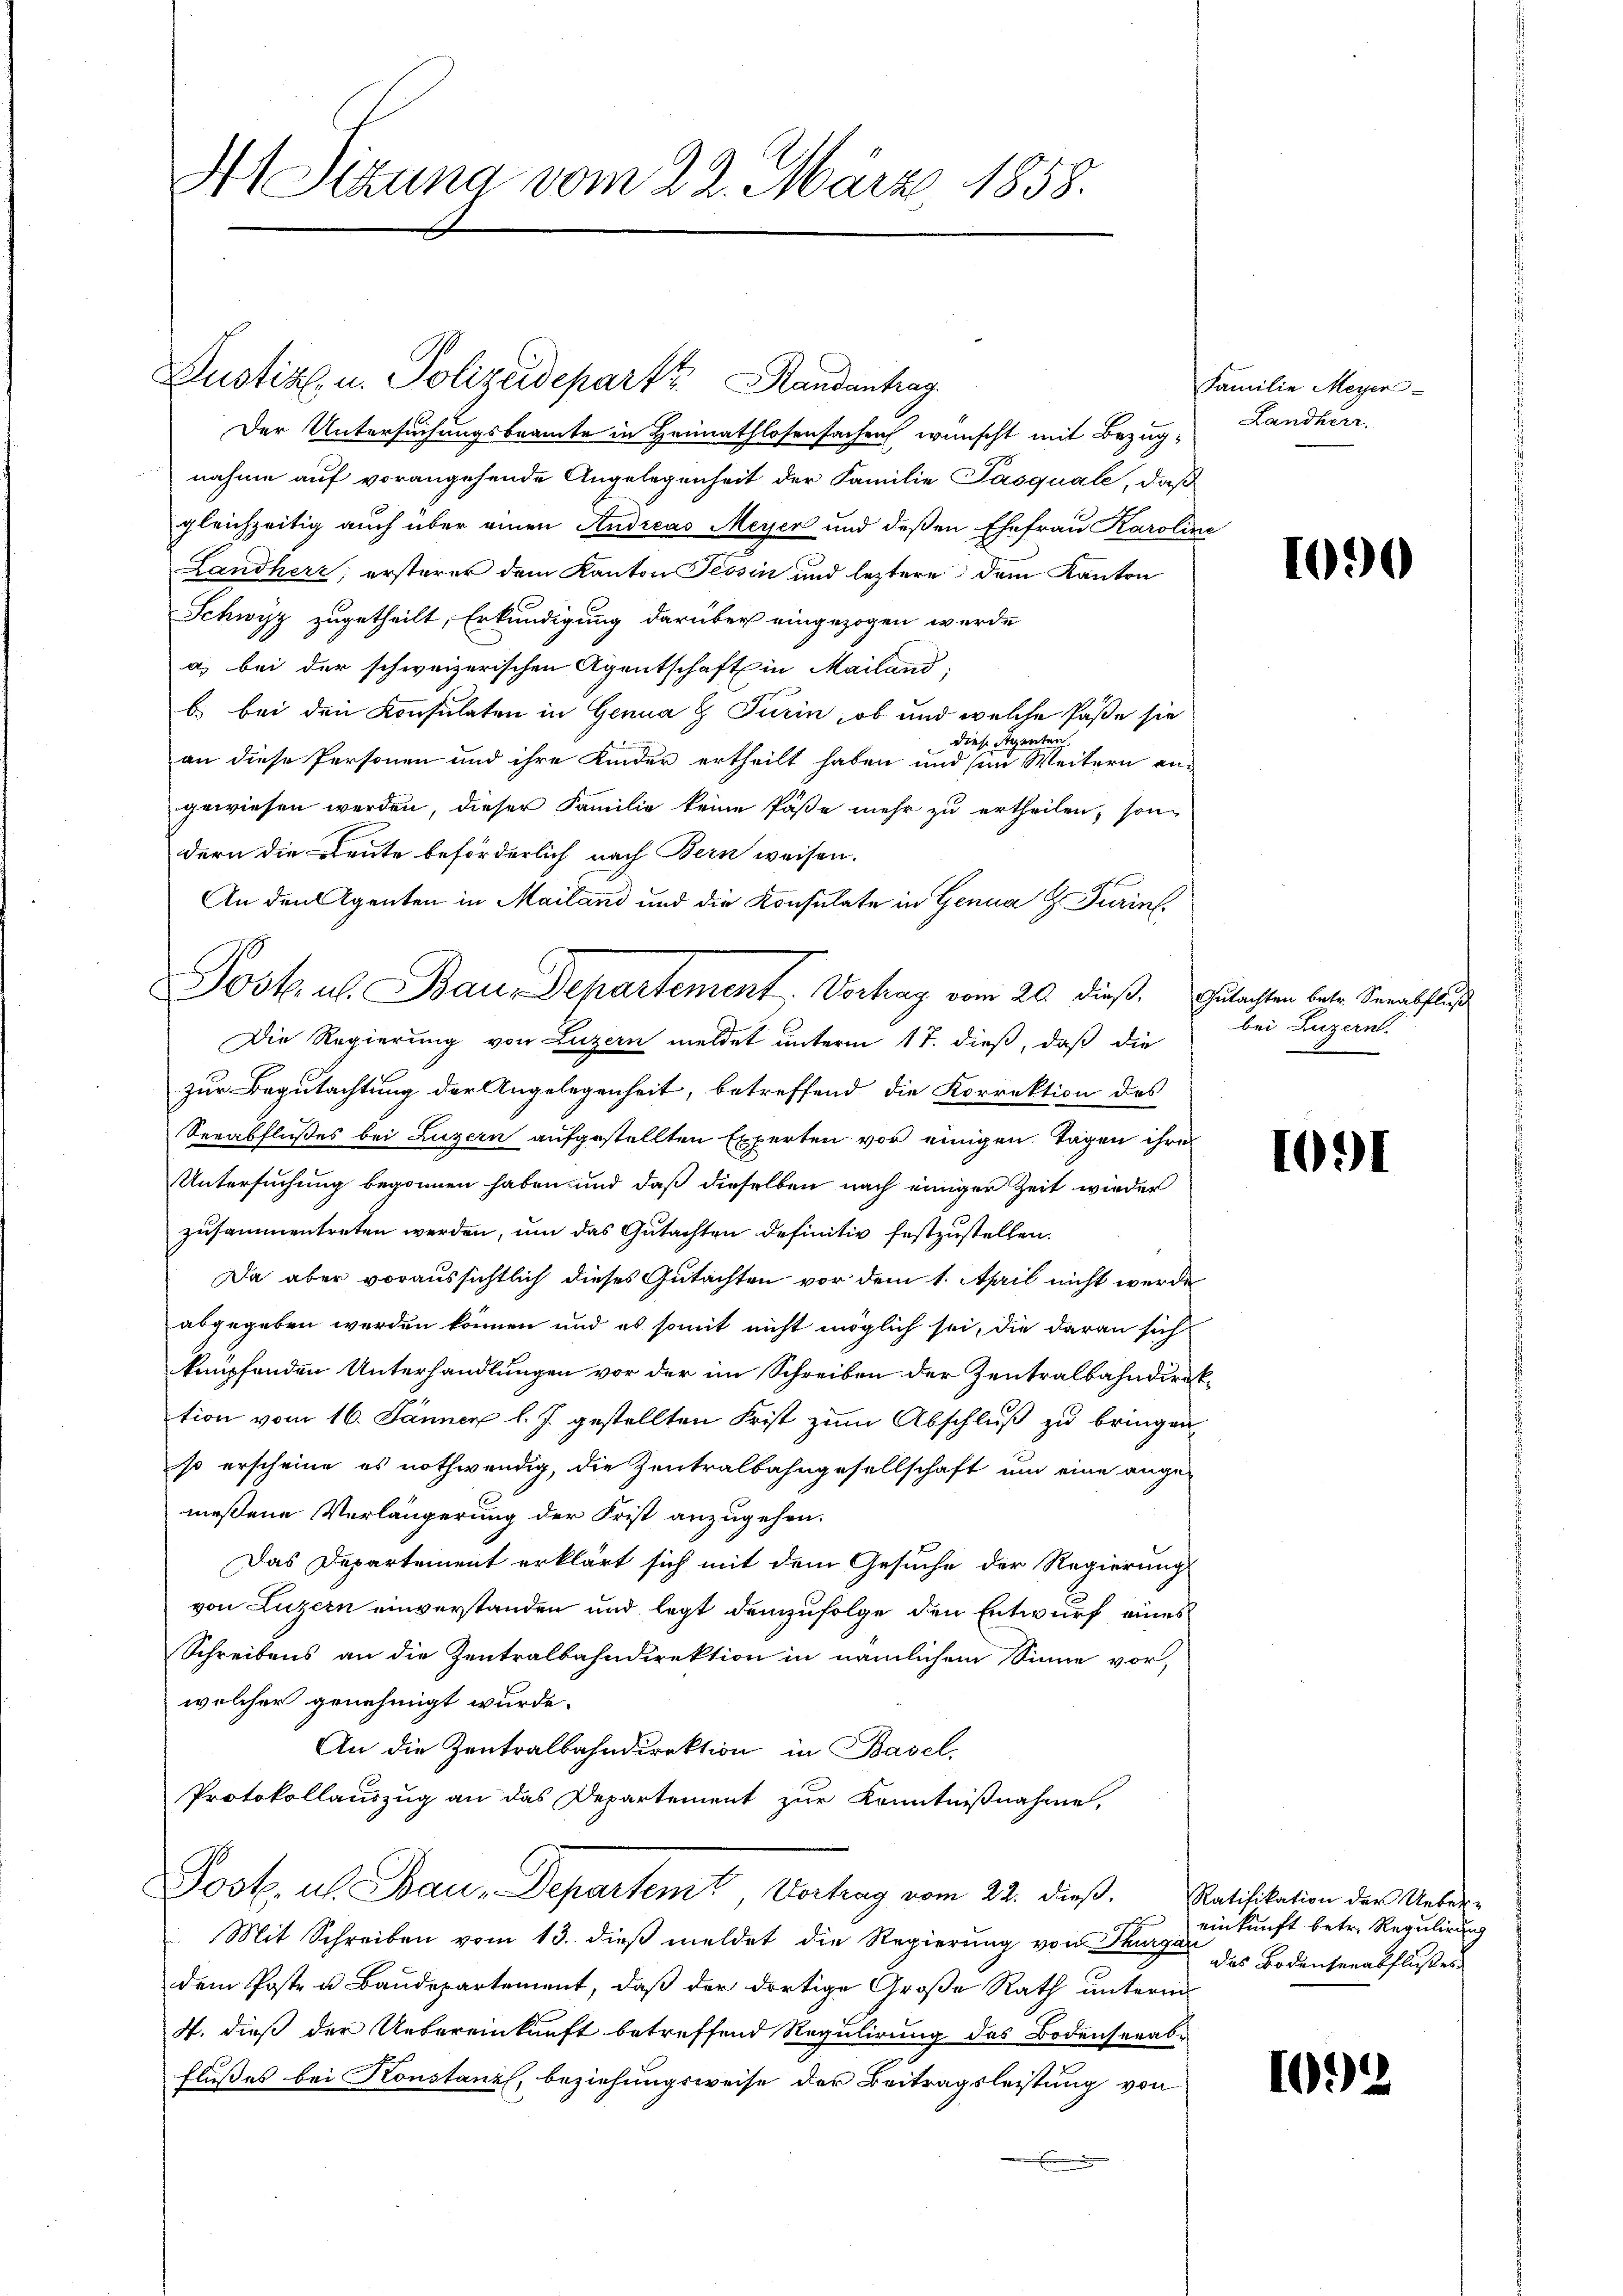
Justiz u. Polizeideparte Handentrag
Der Untersuchungsbeamte in Heimathlosensachen wünscht mit Bezüg-
nahme auf vorangehende Angelegenheit der Familie Pasquale, daß
gleichzeitig auch über einen Andreas Meyer und deßen Ehefrau Karoline
Landherr, ersterer dem Kanton Tessin und leztere dem Kanton
Schwyz zugetheilt, Erkundigung darüber eingezogen werde
a) bei der schweizerischen Agentschaft in Mailand,
b. bei den Konsulaten in Genua & Turin, ob und welche Paße sie
diese Strenten
an diese Personen und ihre Kinder ertheilt haben und in Weitern angewiesen werden, dieser Familie keine Päße mehr zu ertheilen, sondern die Leute beförderlich nach Bern weisen.
An den Agenten in Mailand und die Konsulate in Genua H. Turint.
Die Regierung von Luzern meldet unterm 17. dieß, daß die
zur Begutachtung der Angelegenheit, betreffend die Korrektion des
Seeabflußes bei Luzern aufgestellten Experten vor einigen Tagen ihre
Untersuchung begonnen haben und daß dieselben nach einiger Zeit wieder
zusammentreten werden, um das Gutachten definitiv festzustellen.
Da aber voraussichtlich dieses Gutachten vor dem 1. April nicht werde
abgegeben werden können und es somit nicht möglich sei, die daran sich
knüpfenden Unterhandlungen vor der im Schreiben der Zentralbahndirektion vom 16. Jänner l. J. gestellten Frist zum Abschluß zu bringen
so erscheine es nothwendig, die Zentralbahngesellschaft um eine ange-
messene Verlängerung der Frist anzugehen.
Das Departement erklärt sich mit dem Gesuche der Regierung
von Luzern einverstanden und legt demzufolge den Entwurf eines
Schreibens an die Zentralbahndirektion in nämlichem Sinne vor,
welcher genehmigt wurde.
An die Zentralbahndirektion in Basel.
Protokollauszug an das Departement zur Kenntnißnahme,
Post, als Bau-Departemt, Vortrag vom 22. dieß
Mit Schreiben vom 13. dieβ meldet die Regierung von Stange des Bodenserabflußes
dem Poste u Baudepartement, daß der dortige Große Rath unterm
4. dieß der Uebereinkunft betreffend Regulirung des Bodensenab¬
Flußes bei Konstanz, beziehungsweise der Beitragsleistung von

A Sitzung vom 22. März 1858.

Post. u. Bau-Departement. Vortrag vom 20. dieß. Gutachten betr. Verabfluß

Familie Meyer
Landherr

1090

bei Luzern.

1091

Ratifikation der Ueber-
einkunft betr. Regulirung

102